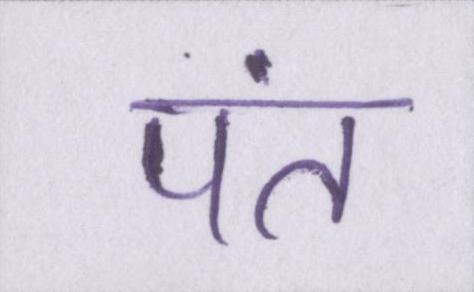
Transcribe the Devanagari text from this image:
पंत